Lunatic asylums Punjab 1868-1880 - 1868-1880
Year: 1868
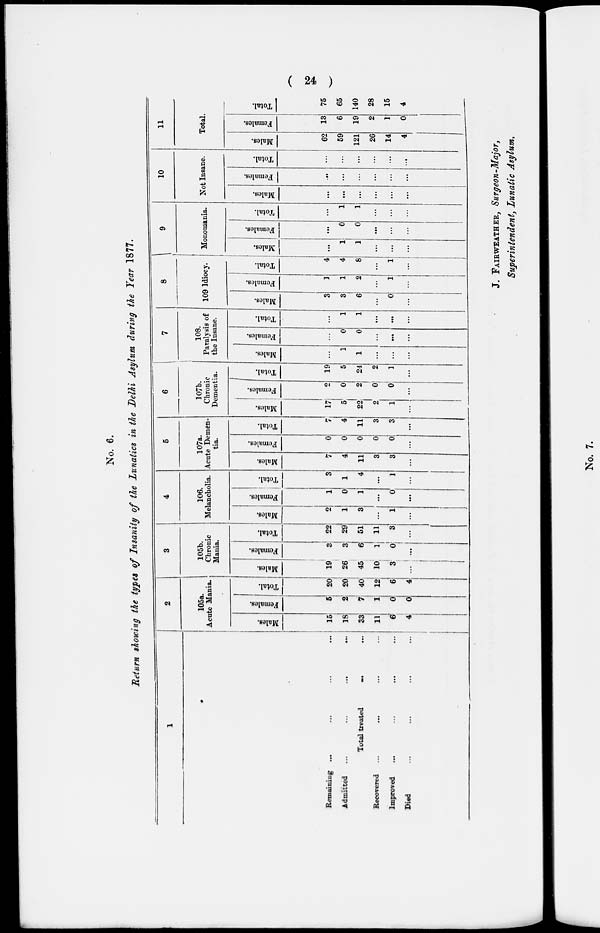
(
24
)
No. 6.
Return showing the types of Insanity of the Lunatics in the Delhi Asylum during the Year 1877.
1
Remaining ... ... ... ...
Admitted ... ... ... ...
Total treated ... ...
Recovered ... ... ... ...
Improved ... ... ... ...
Died
...
...
...
...
2
105a.
Acute Mania.
Males.
15
18
33
11
6
4
Females.
5
2
7
1
0
0
Total.
20
20
40
12
6
4
3
105b.
Chronic
Mania.
Males.
19
26
45
10
3
...
Females.
3
3
6
1
0
...
Total.
22
29
51
11
3
...
4
106.
Melancholia.
Males.
2
1
3
...
1
...
Females.
1
0
1
...
0
...
Total.
3
1
4
...
1
...
5
107a.
Acute Demen-
tia.
Males.
7
4
11
3
3
...
Females.
0
0
0
0
0
...
Total.
7
4
11
3
3
...
6
107b.
Chronic
Dementia.
Males.
17
5
22
2
1
...
Females.
2
0 2
0
0
...
Total.
19
5
24
2
1
...
7
108.
Paralysis of
the Insane.
Males.
...
1
1
...
...
...
Females.
...
0
0
...
...
...
Total.
...
1
1
...
...
...
8
109 Idiocy.
Males.
3
3
6
...
0
...
Females.
1
1
2
...
1
...
Total.
4
4
8
...
1
...
9
Monomania.
Males.
...
1
1
...
...
...
Females.
...
0
0
...
...
...
Total.
...
1
1
...
...
...
10
Not Insane.
Males.
...
...
...
...
...
...
Females.
...
...
...
...
...
...
Total.
...
...
...
...
...
...
11
Total.
Males.
62
59
121
26
14
4
Females.
13
6
19
2
1
0
Total.
75
65
140
28
15
4
J. FAIRWEATHER, Surgeon-Major,
Superintendent, Lunatic Asylum.